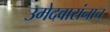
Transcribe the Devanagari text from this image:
उमेदवारांनाच